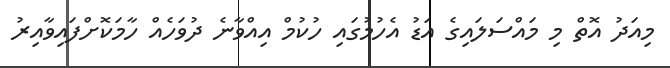
މިއަދު އޮތް މި މައްސަލައިގެ އަޑު އެހުމުގައި ހުކުމް އިއްވާނެ ދުވަހެއް ހާމަކޮށްފައިވާއިރު